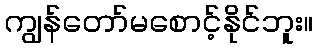
ကျွန်တော်မစောင့်နိုင်ဘူး။